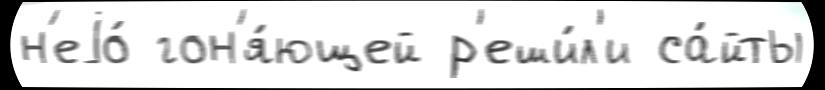
н'еjо́ гон'я́ющей р'еши́л'и са́йты